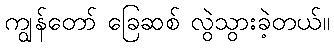
ကျွန်တော် ခြေဆစ် လွဲသွားခဲ့တယ်။